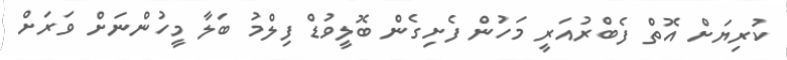
ކުރިޔަށް އޮތް ފެބްރުއަރީ މަހުން ފެށިގެން ބޮލީވުޑް ފިލްމު ބަލާ މީހުންނަށް ވަރަށް